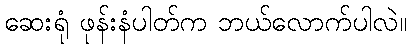
ဆေးရုံ ဖုန်းနံပါတ်က ဘယ်လောက်ပါလဲ။